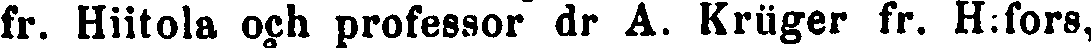
fr. Hiitola och professor dr A. Krüger fr. H:fors,